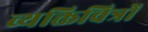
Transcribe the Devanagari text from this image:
व्यक्तिचित्रों